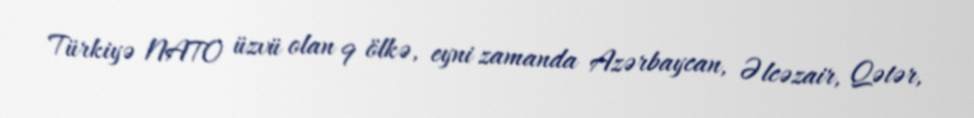
Türkiyə NATO üzvü olan 9 ölkə, eyni zamanda Azərbaycan, Əlcəzair, Qətər,